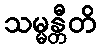
သမ္မန္တီတိ